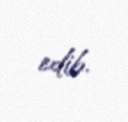
edib.